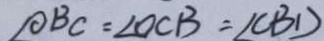
\angle O B C = \angle O C B = \angle C B D